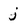
Character: j